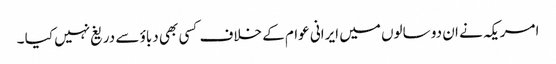
امریکہ نے ان دو سالوں میں ایرانی عوام کے خلاف کسی بھی دباؤ سے دریغ نہیں کیا ۔